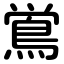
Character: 鴬